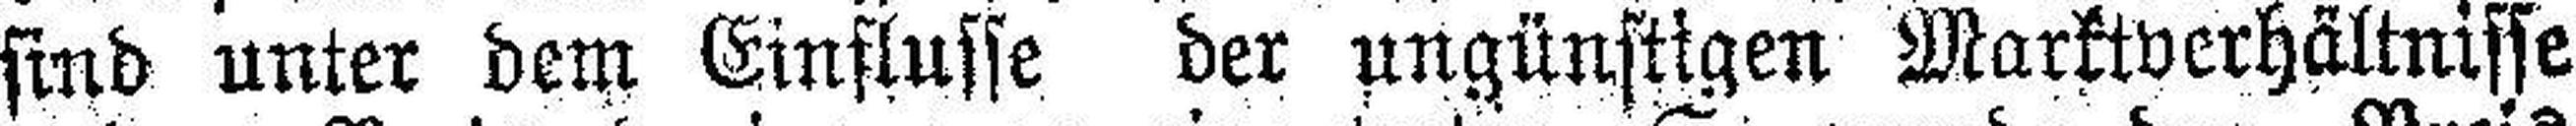
sind unter dem Einflusse der ungünstigen Marktverhältnisse